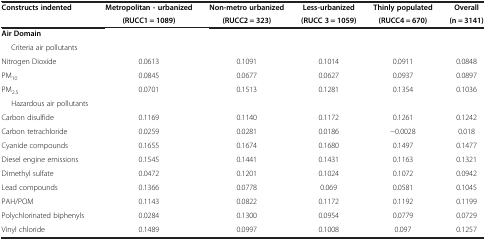
| Constructs indented | Metropolitan - urbanized | Non-metro urbanized | Less-urbanized | Thinly populated | Overall |
 |  | (RUCC1 = 1089) | (RUCC2 = 323) | (RUCC 3 = 1059) | (RUCC4 = 670) | (n = 3141) |
 | --- | --- | --- | --- | --- | --- |
 | Air Domain |  |  |  |  |  |
 | Criteria air pollutants |  |  |  |  |  |
 | Nitrogen Dioxide | 0.0613 | 0.1091 | 0.1014 | 0.0911 | 0.0848 |
 | PM10 | 0.0845 | 0.0677 | 0.0627 | 0.0937 | 0.0897 |
 | PM2.5 | 0.0701 | 0.1513 | 0.1281 | 0.1354 | 0.1036 |
 | Hazardous air pollutants |  |  |  |  |  |
 | Carbon disulfide | 0.1169 | 0.1140 | 0.1172 | 0.1261 | 0.1242 |
 | Carbon tetrachloride | 0.0259 | 0.0281 | 0.0186 | −0.0028 | 0.018 |
 | Cyanide compounds | 0.1655 | 0.1674 | 0.1680 | 0.1497 | 0.1477 |
 | Diesel engine emissions | 0.1545 | 0.1441 | 0.1431 | 0.1163 | 0.1321 |
 | Dimethyl sulfate | 0.0472 | 0.1201 | 0.1024 | 0.1072 | 0.0942 |
 | Lead compounds | 0.1366 | 0.0778 | 0.069 | 0.0581 | 0.1045 |
 | PAH/POM | 0.1143 | 0.0822 | 0.1172 | 0.1192 | 0.1199 |
 | Polychlorinated biphenyls | 0.0284 | 0.1300 | 0.0954 | 0.0779 | 0.0729 |
 | Vinyl chloride | 0.1489 | 0.0997 | 0.1008 | 0.097 | 0.1257 |